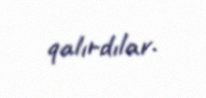
qalırdılar.